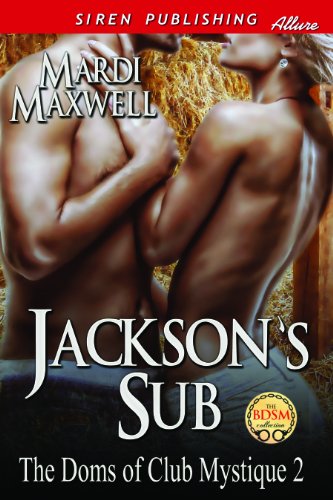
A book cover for Jackson's Sub [The Doms of Club Mystique 2] (Siren Publishing Allure); Mardi Maxwell; Romance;